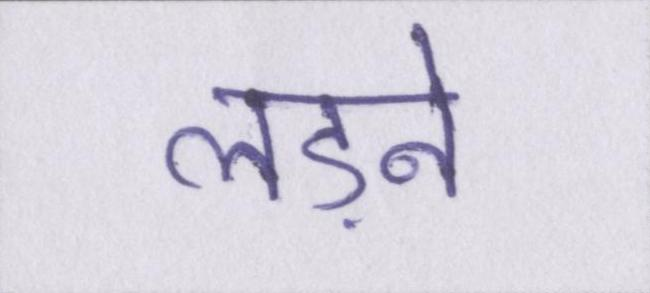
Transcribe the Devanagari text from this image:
लड़ने